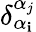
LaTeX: \delta_{{\alpha}_{\mathbf{i}}}^{{\alpha}_{j}}